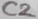
Text: C2